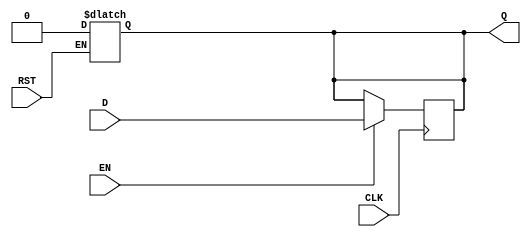
module output_register (
    input wire D,          // Data Input
    input wire CLK,        // Clock
    input wire EN,         // Enable
    input wire RST,        // Asynchronous Reset
    output reg Q           // Data Output
);

// Asynchronous Reset Logic
always @* begin
    if (RST) begin
        Q <= 1'b0; // Reset the output to 0
    end
end

// Synchronous Operation
always @(posedge CLK) begin
    if (EN) begin
        Q <= D; // Update the output with input data if enabled
    end
    // If EN is not asserted, retain the previous value of Q
end

endmodule